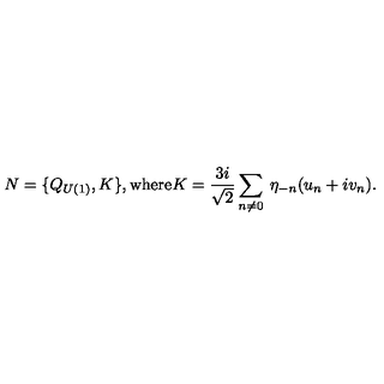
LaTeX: N = \{ Q _ { U ( 1 ) } , K \} \mathrm { , w h e r e } K = \frac { 3 i } { \sqrt { 2 } } \sum _ { n \neq 0 } \: \eta _ { - n } ( u _ { n } + i v _ { n } ) .